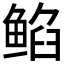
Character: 𱇻